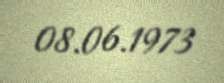
08.06.1973